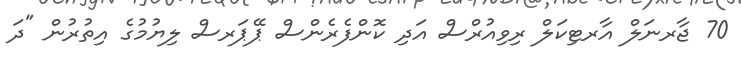
70 ޖާރނަލް އާރޓިކަލް ރިވިއުރްސް އަދި ކޮންފެރެންސް ޕޭޕަރސް ލިޔުމުގެ އިތުރުން "ދަ